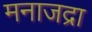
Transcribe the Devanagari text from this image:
मनाजद्रा